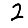
Digit: 2